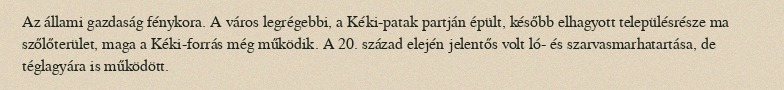
Az állami gazdaság fénykora. A város legrégebbi, a Kéki-patak partján épült, később elhagyott településrésze ma szőlőterület, maga a Kéki-forrás még működik. A 20. század elején jelentős volt ló- és szarvasmarhatartása, de téglagyára is működött.